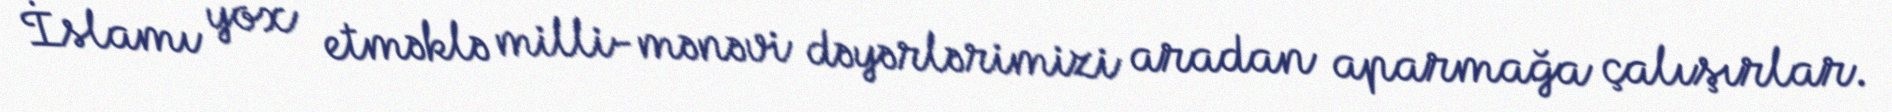
İslamı yox etməklə milli-mənəvi dəyərlərimizi aradan aparmağa çalışırlar.